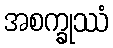
အစက္ခုဿံ